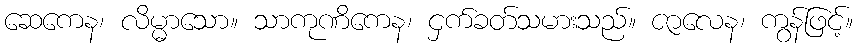
ဆေကေန၊ လိမ္မာသော။ သာကုဏိကေန၊ ငှက်ခတ်သမားသည်။ ဇာလေန၊ ကွန်ဖြင့်။